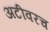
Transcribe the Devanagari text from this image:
अटीवरच